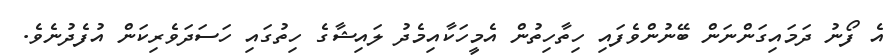
އެ ފޯނު ދަމައިގަންނަން ބޭނުންވެފައި ހިތާހިތުން އެމީހަކާއިމެދު ލައިޝާގެ ހިތުގައި ހަސަދަވެރިކަން އުފެދުނެވެ.